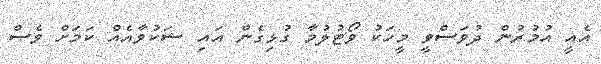
އެއީ އުމުރުން ދުވަސްވީ މީހަކު ވޯޓުލުމާ ގުޅިގެން އައި ޝަކުވާއެއް ކަމަށް ވެސް